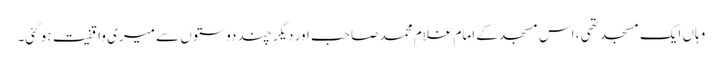
وہاں ایک مسجد تھی ، اس مسجد کے امام غلام محمد صاحب اور دیگر چند دوستوں سے میری واقفیت ہو گئی۔